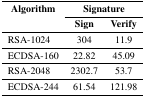
<table><thead><tr><td rowspan="3"><b>Algorithm</b></td><td colspan="3"><b>Signature</b></td></tr><tr><td><b>Sign</b></td><td><b>Verify</b></td></tr></thead><tbody><tr><td>RSA-1024</td><td>304</td><td>11.9</td></tr><tr><td>ECDSA-160</td><td>22.82</td><td>45.09</td></tr><tr><td>RSA-2048</td><td>2302.7</td><td>53.7</td></tr><tr><td>ECDSA-244</td><td>61.54</td><td>121.98</td></tr></tbody></table>